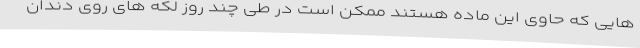
هایی که حاوی این ماده هستند ممکن است در طی چند روز لکه های روی دندان